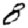
Digit: 8